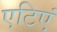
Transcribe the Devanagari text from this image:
एटिएं